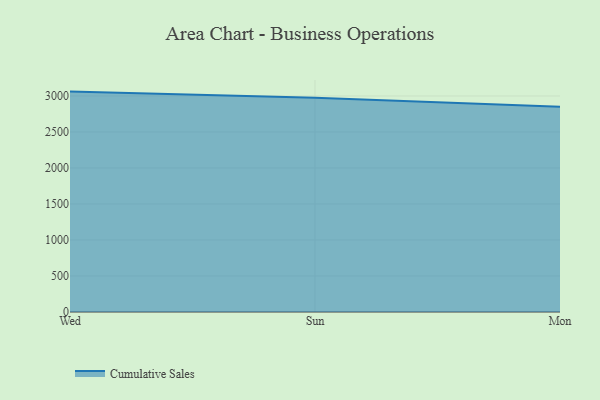
{"axis": {"x": "Day", "y": "Active Users"}, "legend": ["Cumulative Sales"], "data": [{"x": "Wed", "y": 3061.3, "type": "Cumulative Sales"}, {"x": "Sun", "y": 2977.6, "type": "Cumulative Sales"}, {"x": "Mon", "y": 2849.3, "type": "Cumulative Sales"}]}